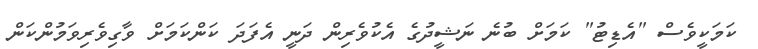
ކަމަކީވެސް "އެޑިޓު" ކަމަށް ބުނެ ނަޝީދުގެ އެކުވެރިން ދަނީ އެފަދަ ކަންކަމަށް ވާގިވެރިވަމުންކަން